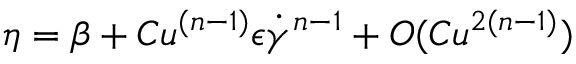
\eta = \beta + C u ^ { ( n - 1 ) } \epsilon \dot { \gamma } ^ { n - 1 } + O ( C u ^ { 2 ( n - 1 ) } )